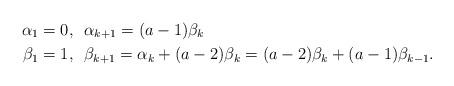
LaTeX: \begin{align*}\alpha_1 &= 0, \,\,\, \alpha_{k+1}=(a-1)\beta_k\\\beta_1 &= 1, \,\,\, \beta_{k+1}= \alpha_k+ (a-2)\beta_k = (a-2)\beta_k + (a-1)\beta_{k-1}.\end{align*}